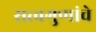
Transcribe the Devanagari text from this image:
सत्त्वगुणांचे